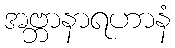
အဗ္ဘာနာရဟာနံ